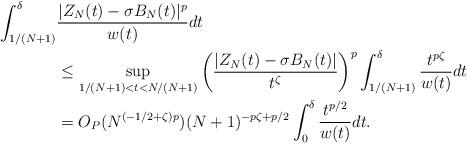
LaTeX: \begin{align*}\int_{1/(N+1)}^\delta &\frac{|Z_N(t)-\sigma B_N(t)|^p}{w(t)}dt\\&\leq \sup_{1/(N+1)<t<N/(N+1)}\left(\frac{|Z_N(t)-\sigma B_N(t)|}{t^\zeta}\right)^p\int_{1/(N+1)}^\delta \frac{t^{p\zeta}}{w(t)}dt\\&=O_P(N^{(-1/2+\zeta)p})(N+1)^{-p\zeta+p/2}\int_{0}^\delta \frac{t^{p/2}}{w(t)}dt.\end{align*}